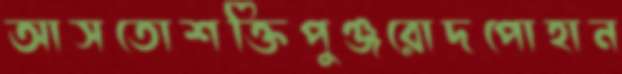
আসতোশক্তিপুঞ্জরোদপোহান